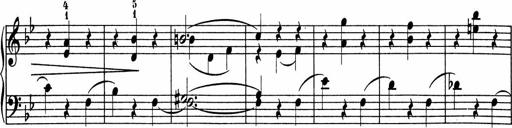
Title: 5 Sonatinen fÃ¼r die Jugend
Composer: Carl Reinecke